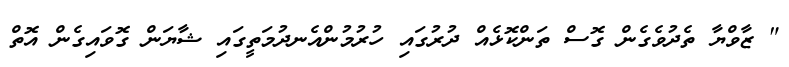
" ޒާވްޔާ ތެދުވެގެން ގޮސް ތަންކޮޅެއް ދުރުގައި ހުރުމުންއެނދުމަތީގައި ޝާޔަން ގޮވައިގެން އޮތް